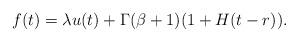
LaTeX: \begin{align*}f(t) = \lambda u(t) +\Gamma(\beta+1)(1+H(t-r)).\end{align*}